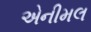
એનીમલ